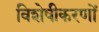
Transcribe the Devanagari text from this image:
विशेषीकरणों